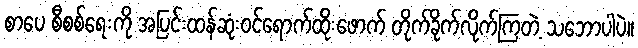
စာပေ စီစစ်ရေးကို အပြင်းထန်ဆုံးဝင်ရောက်ထိုးဖောက် တိုက်ခိုက်လိုက်ကြတဲ့ သဘောပါပဲ။